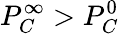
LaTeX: P_{C}^{\infty}>P_{C}^{0}